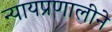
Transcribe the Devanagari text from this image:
न्यायप्रणालीने